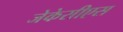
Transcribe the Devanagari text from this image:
जेकेसीएस